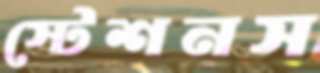
স্টেশনস